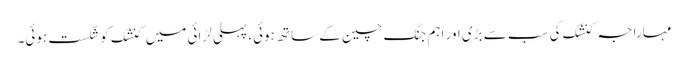
مہاراجہ کنشک کی سب سے بڑی اور اہم جنگ چین کے ساتھ ہوئی، پہلی لڑائی میں کنشک کو شکست ہوئی۔